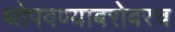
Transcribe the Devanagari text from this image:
थोपवण्याबरोबरच